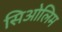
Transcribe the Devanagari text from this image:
सिओलिम